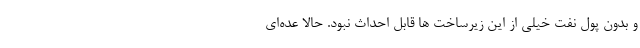
و بدون پول نفت خیلی از این زیرساخت ها قابل احداث نبود. حالا عده‌ای